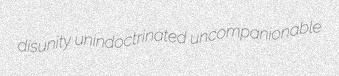
disunity unindoctrinated uncompanionable